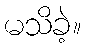
မသိခဲ့။